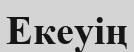
Екеуің